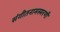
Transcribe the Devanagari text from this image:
संगीतनामस्मरणी